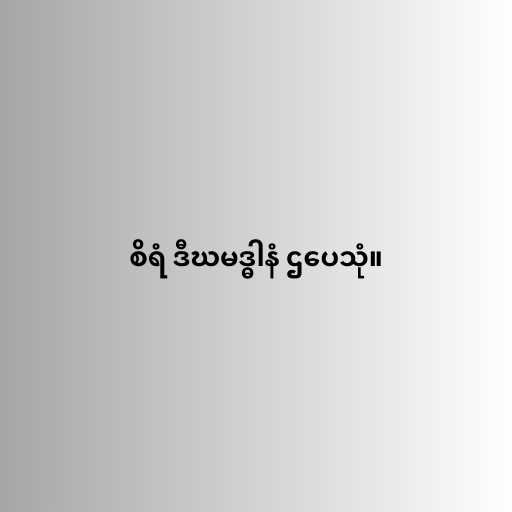
စိရံ ဒီဃမဒ္ဓါနံ ဌပေသုံ။